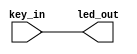
module led
(
	input 	wire 	key_in,
	output 	wire	led_out
);
assign led_out = key_in;
endmodule